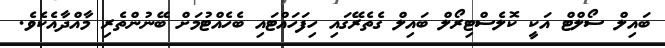
ބައިލް ސޯލްޓް އަކީ ކޮލެސްޓިރޯލް ބައިލް ގެތެރޭގައި ހިފަހައްޓައި ބެހެއްޓުމަށް ބޭނުންތެރި މާއްދާއެކެވެ.